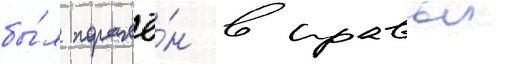
бы́л поражё́н в правыи